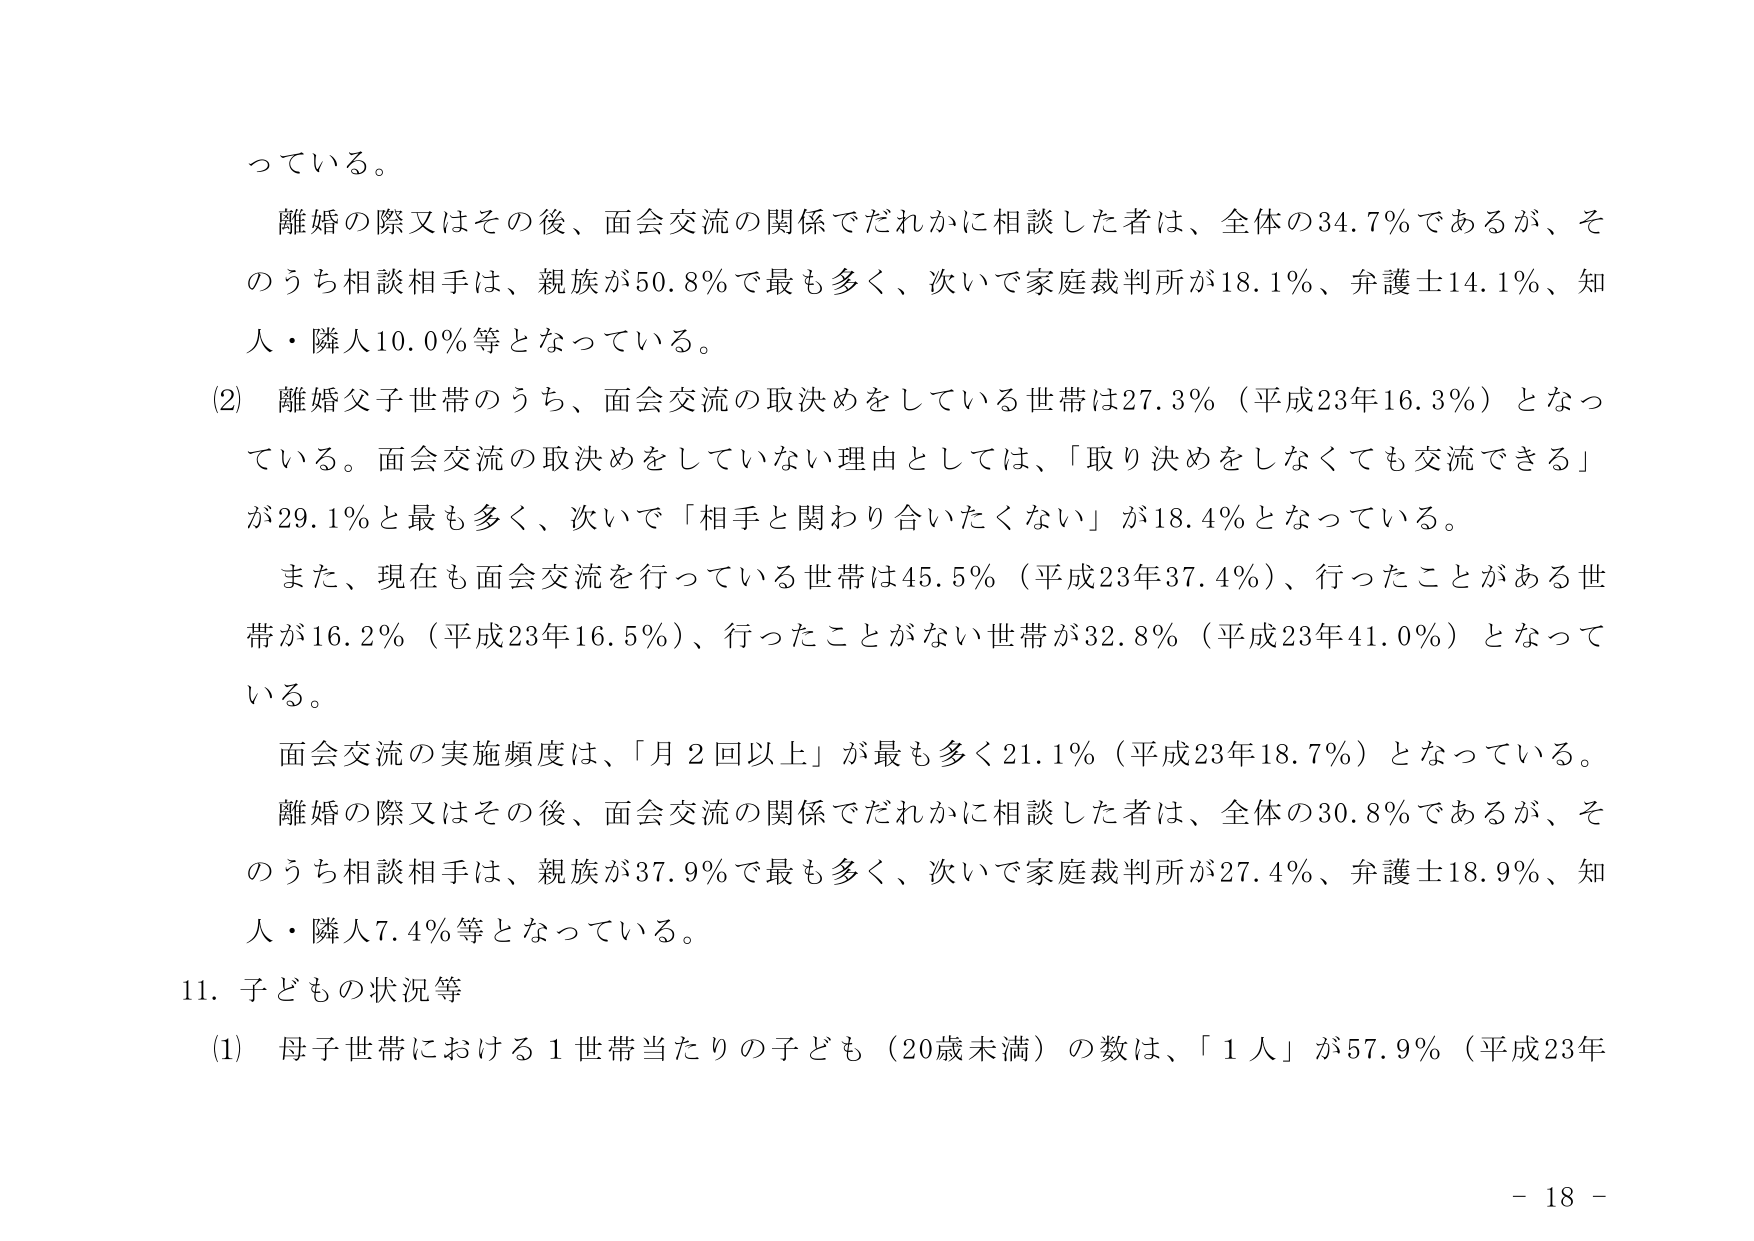
っている。

離婚の際又はその後、面会交流の関係でだれかに相談した者は、全体の34.7％であるが、そのうち相談相手は、親族が50.8％で最も多く、次いで家庭裁判所が18.1％、弁護士14.1％、知人・隣人10.0％等となっている。

(2) 離婚父子世帯のうち、面会交流の取決めをしている世帯は27.3％（平成23年16.3％）となっている。面会交流の取決めをしていない理由としては、「取り決めをしなくても交流できる」が29.1％と最も多く、次いで「相手と関わり合いたくない」が18.4％となっている。

また、現在も面会交流を行っている世帯は45.5％（平成23年37.4％）、行ったことがある世帯が16.2％（平成23年16.5％）、行ったことがない世帯が32.8％（平成23年41.0％）となっている。

面会交流の実施頻度は、「月2回以上」が最も多く21.1％（平成23年18.7％）となっている。

離婚の際又はその後、面会交流の関係でだれかに相談した者は、全体の30.8％であるが、そのうち相談相手は、親族が37.9％で最も多く、次いで家庭裁判所が27.4％、弁護士18.9％、知人・隣人7.4％等となっている。

11. 子どもの状況等

(1) 母子世帯における1世帯当たりの子ども（20歳未満）の数は、「1人」が57.9％（平成23年

- 18 -